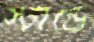
স্টান্ডে